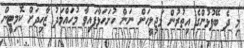
މި ދެ ބޭފުޅުންގެ އިތުރުން މަޖިލީހަށް ނަން ހުށަހަޅާފައިވާ މުހައްމަދު ޒާހިދަށް ކޮމިޓީން